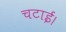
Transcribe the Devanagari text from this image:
चटाई।